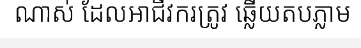
ណាស់ ដែលអាជីវករត្រូវ ឆ្លើយតបភ្លាម